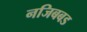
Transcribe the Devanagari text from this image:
नजिबबड